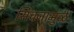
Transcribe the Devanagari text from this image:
सिंचनामुळे